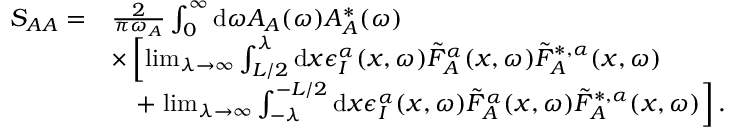
\begin{array} { r l } { S _ { A A } = } & { \frac { 2 } { \pi \omega _ { A } } \int _ { 0 } ^ { \infty } \mathrm { d } \omega A _ { A } ( \omega ) A _ { A } ^ { * } ( \omega ) } \\ & { \times \left[ \operatorname* { l i m } _ { \lambda \to \infty } \int _ { L / 2 } ^ { \lambda } \mathrm { d } x \epsilon _ { I } ^ { \alpha } ( x , \omega ) \tilde { F } _ { A } ^ { \alpha } ( x , \omega ) \tilde { F } _ { A } ^ { * , \alpha } ( x , \omega ) \right. } \\ & { \quad + \left. \operatorname* { l i m } _ { \lambda \to \infty } \int _ { - \lambda } ^ { - L / 2 } \mathrm { d } x \epsilon _ { I } ^ { \alpha } ( x , \omega ) \tilde { F } _ { A } ^ { \alpha } ( x , \omega ) \tilde { F } _ { A } ^ { * , \alpha } ( x , \omega ) \right] . } \end{array}